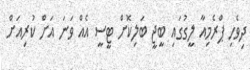
ދިވެހި ޕްރެމިއާ ލީގުގައި ބީޖީ ބަލިކޮށް ޓީސީ އެއް ވަނަ އަށް ކުރިއަށް